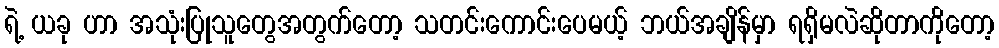
ရဲ့ ယခု ဟာ အသုံးပြုသူတွေအတွက်တော့ သတင်းကောင်းပေမယ့် ဘယ်အချိန်မှာ ရရှိမလဲဆိုတာကိုတော့